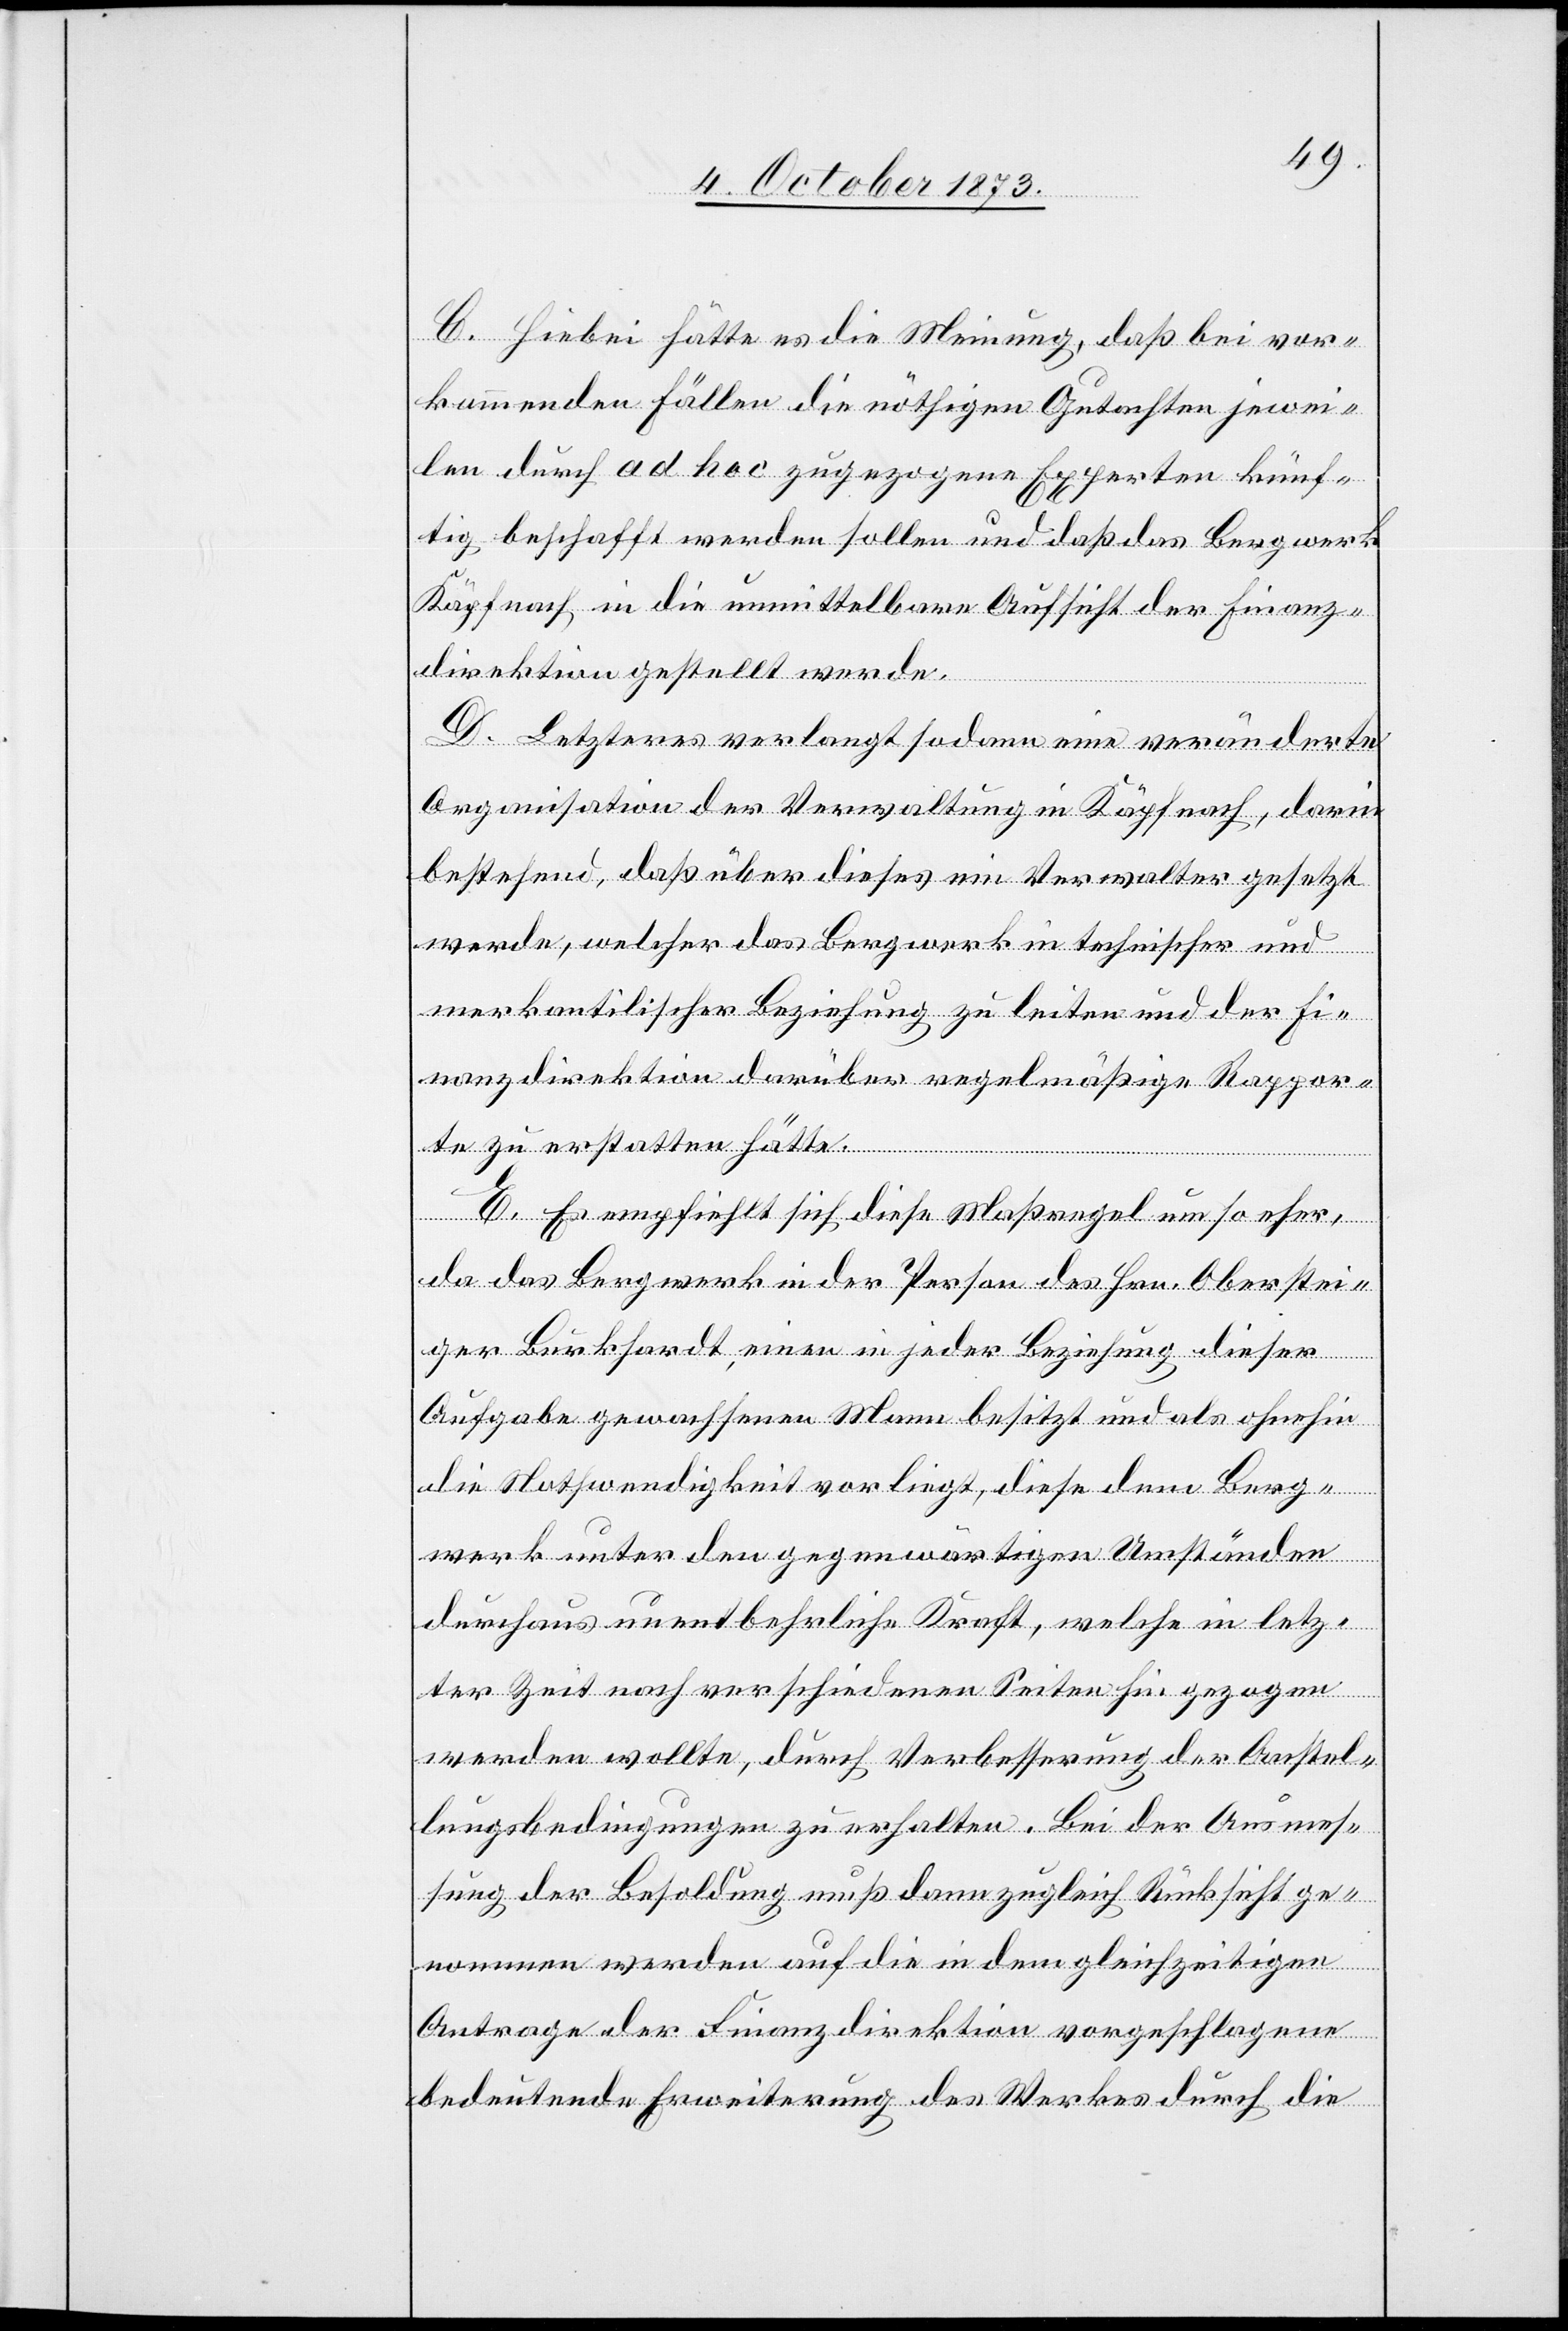
C. Hiebei hätte es die Meinung, daß bei vor¬
kommenden Fällen die nöthigen Gutachten jewei¬
len durch ad hoc zugezogene Experten künf¬
tig beschafft werden sollen und daß das Bergwerk
Käpfnach in die unmittelbare Aufsicht der Finanz¬
direktion gestellt werde.
D. Letzteres verlangt sodann eine veränderte
Organisation der Verwaltung in Käpfnach, darin
bestehend, daß über dieses ein Verwalter gesetzt
werde, welcher das Bergwerk in technischer und
merkantilischer Beziehung zu leiten und der Fi¬
nanzdirektion darüber regelmäßige Rappor¬
te zu erstatten hätte.
E. Es empfiehlt sich diese Maßregel um so eher,
da das Bergwerk in der Person des Hrn. Oberstei¬
ger Burkhardt, einen in jeder Beziehung dieser
Aufgabe gewachsenen Mann besitzt und als ohnehin
die Nothwendigkeit vorliegt, diese dem Berg¬
werk unter den gegenwärtigen Umständen
durchaus unentbehrliche Kraft, welche in letz¬
ter Zeit nach verschiedenen Seiten hin gezogen
werden wollte, durch Verbesserung der Anstel¬
lungsbedingungen zu erhalten. Bei der Ausmes¬
sung der Besoldung muß dann zugleich Rücksicht ge¬
nommen werden auf die in dem gleichzeitigen
Antrage der Finanzdirektion vorgeschlagene
bedeutende Erweiterung des Werkes durch die